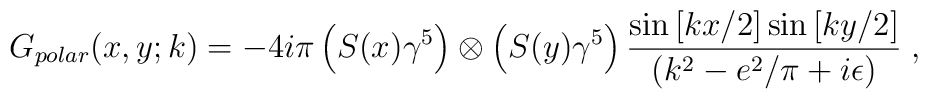
G_{polar}(x,y;k)=-4i\pi\left(S(x)\gamma^5\right)\otimes\left(S(y)\gamma^5\right)\frac{\sin \left[kx/2\right] \sin \left[ky/2\right]}{(k^2-e^2/\pi+i\epsilon)}\; ,